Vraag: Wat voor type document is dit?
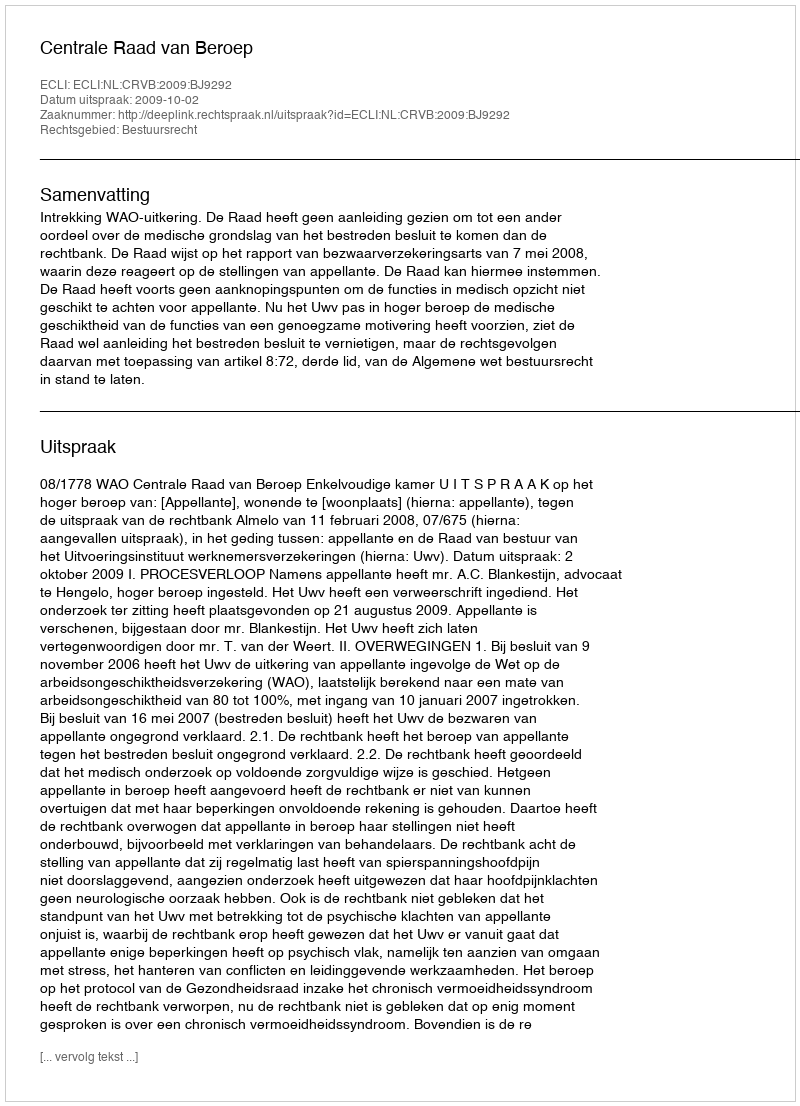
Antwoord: Uitspraak